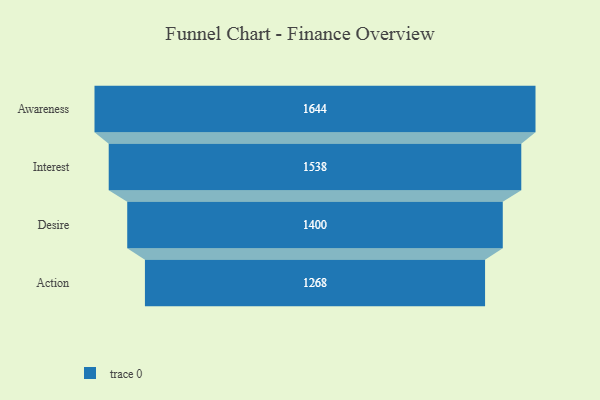
{"axis": {"x": "Stage", "y": "Value"}, "legend": [""], "data": [{"x": "Awareness", "y": 1644.0, "type": ""}, {"x": "Interest", "y": 1538.0, "type": ""}, {"x": "Desire", "y": 1400.0, "type": ""}, {"x": "Action", "y": 1268.0, "type": ""}]}